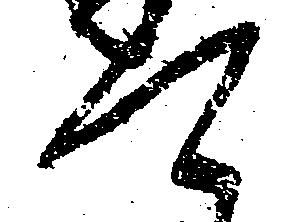
て